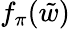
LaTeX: f_{\pi}({\tilde{w}})